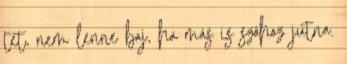
tét, nem lenne baj, ha más is szóhoz jutna.